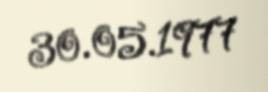
30.05.1977